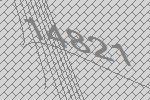
14821